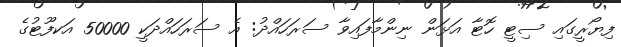
ފިޔޯރީގައި ސިޓީ ހޮޓާ އަޅަން ނިންމާފައިވާ ސަރަހައްދު: އެ ސަރަހައްދަކީ 50000 އަކފޫޓުގެ